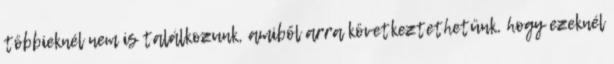
többieknél nem is találkozunk, amiből arra következtethetünk, hogy ezeknél